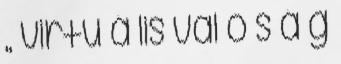
„ virtu á lis val ó s á g